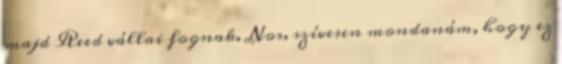
majd Reed vállai fognak. Nos, szívesen mondanám, hogy ez